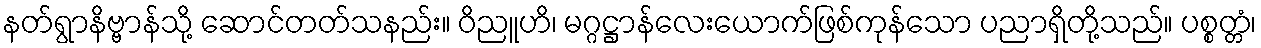
နတ်ရွာနိဗ္ဗာန်သို့ ဆောင်တတ်သနည်း။ ဝိညူဟိ၊ မဂ္ဂဋ္ဌာန်လေးယောက်ဖြစ်ကုန်သော ပညာရှိတို့သည်။ ပစ္စတ္တံ၊